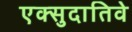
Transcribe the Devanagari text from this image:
एक्सुदातिवे